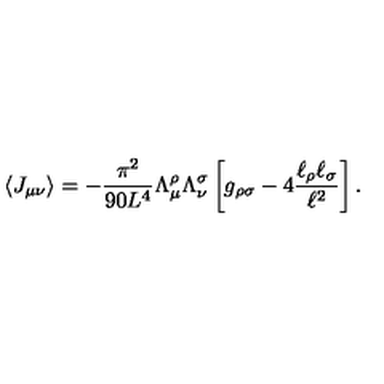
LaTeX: \langle J _ { \mu \nu } \rangle = - \frac { \pi ^ { 2 } } { 9 0 L ^ { 4 } } \Lambda _ { \mu } ^ { \rho } \Lambda _ { \nu } ^ { \sigma } \left[ g _ { \rho \sigma } - 4 \frac { \ell _ { \rho } \ell _ { \sigma } } { \ell ^ { 2 } } \right] .